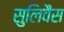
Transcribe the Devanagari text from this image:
सुलिवैंस